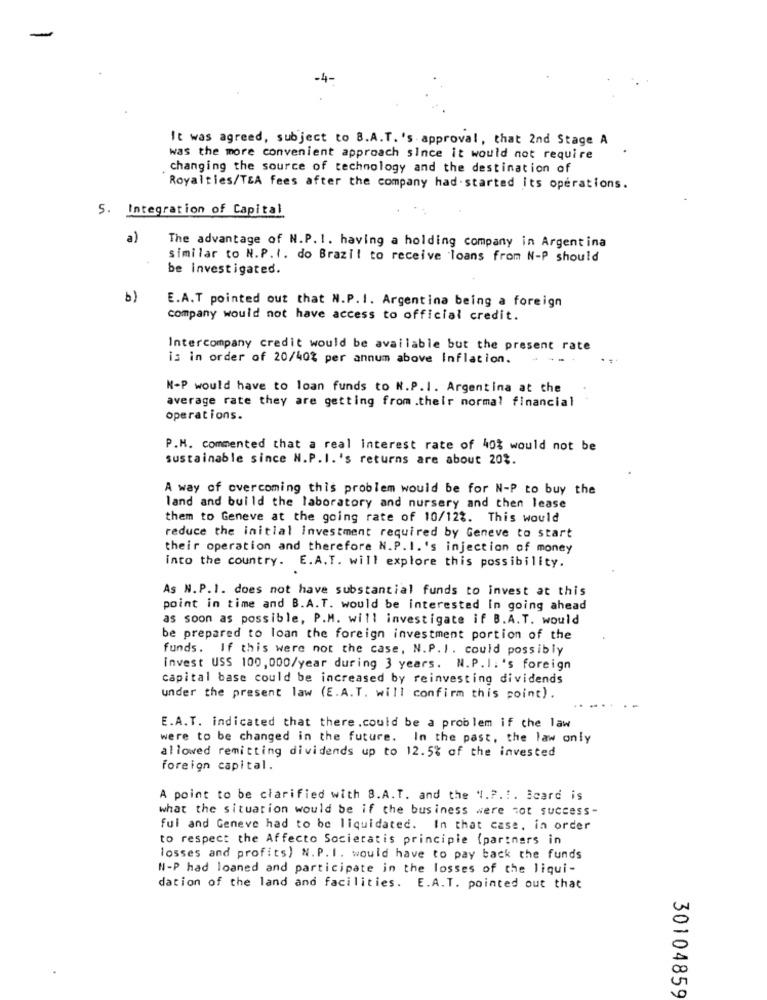
-
-4-
It was agreed, subject to B.A.T. 's approval, that 2nd Stage A
was the more convenient approach since it would not require
changing the source of technology and the destination of
Royalties/T&A fees after the company had-started its operations.
5. Integration of Capital
a)
The advantage of N.P. I. having a holding company in Argentina
similar to N.P.I. do Brazil to receive loans from N-P should
be investigated.
b)
E.A.T pointed out that N.P.I. Argentina being a foreign
company would not have access to official credit.
Intercompany credit would be available but the present rate
is in order of 20/40% per annum above Inflation.
K-P would have to loan funds to N.P.I. Argentina at the
average rate they are getting from .their normal financial
operations.
P.M. commented that a real interest rate of 40% would not be
sustainable since N.P.I.'s returns are about 20%.
A way of overcoming this problem would be for N-P to buy the
land and build the laboratory and nursery and then lease
them to Geneve at the going rate of 10/12%. This would
reduce the initial investment required by Geneve to start
their operation and therefore N.P.I.'s injection of money
into the country. E.A. T. will explore this possibility.
As N.P.I. does not have substantial funds to invest at this
point in time and B.A. T. would be interested In going ahead
as soon as possible, P.M. will investigate if B.A.T. would
be prepared to loan the foreign investment portion of the
funds. If this were not the case, N.P.I. could possibly
invest USS 100,000/year during 3 years. N.P.I.'s foreign
capital base could be increased by reinvesting dividends
under the present law (E.A.T. will confirm this point).
E.A.T. indicated that there .could be a problem if the law
were to be changed in the future. In the past, the law only
allowed remitting dividends up to 12.5% of the invested
foreign capital.
A point to be clarified with 8.A.T. and the " .?.!. Bcard is
what the situation would be if the business were not success-
ful and Geneve had to be liquidated. In that case, in order
to respect the Affecto Societatis principle (partners in
losses and profits) N. P. I. would have to pay back the funds
N-P had loaned and participate in the losses of the liqui-
dation of the land and facilities. E.A.T. pointed out that
30104859